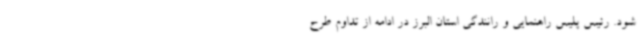
شود. رئیس پلیس راهنمایی و رانندگی استان البرز در ادامه از تداوم طرح